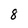
Character: 8